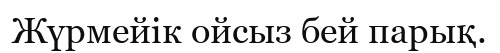
Жүрмейік ойсыз бей парық.